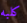
كلبه